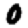
Digit: 0